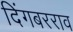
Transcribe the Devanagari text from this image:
दिंगबरराव